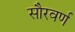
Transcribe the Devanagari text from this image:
सौरवर्ण